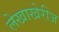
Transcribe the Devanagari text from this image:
लेखाखेरीज